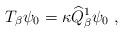
LaTeX: \begin{align*}T_\beta\psi_0=\kappa\widehat{Q}_\beta^1\psi_0\;,\end{align*}